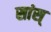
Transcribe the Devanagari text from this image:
सांस्